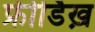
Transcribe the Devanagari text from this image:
फ्रीर्डिख़